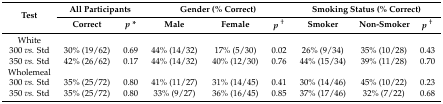
<table><thead><tr><td rowspan="2"><b>Test</b></td><td colspan="2"><b>All Participants</b></td><td colspan="3"><b>Gender (% Correct)</b></td><td colspan="3"><b>Smoking Status (% Correct)</b></td></tr><tr><td><b>Correct</b></td><td><b><i>p</i> *</b></td><td><b>Male</b></td><td><b>Female</b></td><td><b><i>p</i><sup>†</sup></b></td><td><b>Smoker</b></td><td><b>Non-Smoker</b></td><td><b><i>p</i><sup>†</sup></b></td></tr></thead><tbody><tr><td>White</td><td></td><td></td><td></td><td></td><td></td><td></td><td></td><td></td></tr><tr><td>300 <i>vs.</i> Std</td><td>30% (19/62)</td><td>0.69</td><td>44% (14/32)</td><td>17% (5/30)</td><td>0.02</td><td>26% (9/34)</td><td>35% (10/28)</td><td>0.43</td></tr><tr><td>350 <i>vs.</i> Std</td><td>42% (26/62)</td><td>0.17</td><td>44% (14/32)</td><td>40% (12/30)</td><td>0.76</td><td>44% (15/34)</td><td>39% (11/28)</td><td>0.70</td></tr><tr><td>Wholemeal</td><td></td><td></td><td></td><td></td><td></td><td></td><td></td><td></td></tr><tr><td>300 <i>vs.</i> Std</td><td>35% (25/72)</td><td>0.80</td><td>41% (11/27)</td><td>31% (14/45)</td><td>0.41</td><td>30% (14/46)</td><td>45% (10/22)</td><td>0.23</td></tr><tr><td>350 <i>vs.</i> Std</td><td>35% (25/72)</td><td>0.80</td><td>33% (9/27)</td><td>36% (16/45)</td><td>0.85</td><td>37% (17/46)</td><td>32% (7/22)</td><td>0.68</td></tr></tbody></table>